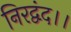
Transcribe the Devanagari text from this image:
निरद्वंद।।